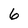
Character: 6